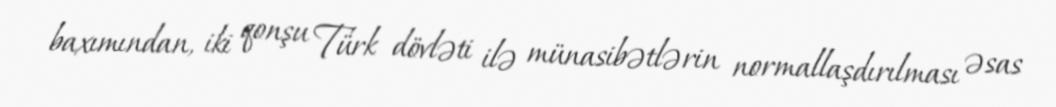
baxımından, iki qonşu Türk dövləti ilə münasibətlərin normallaşdırılması əsas